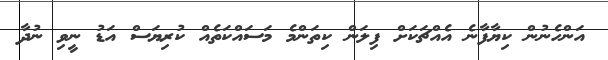
އަންހެނުން ކިޔާފާނެ އެއްޗަކަށް ފިލަން ކިތަންމެ މަސައްކަތެއް ކުރިޔަސް އަޑު ނީވި ނުދާ